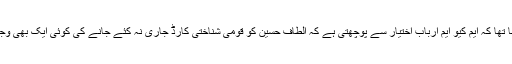
ان کا مزید کہنا تھا کہ ایم کیو ایم ارباب اختیار سے پوچھتی ہے کہ الطاف حسین کو قومی شناختی کارڈ جاری نہ کئے جانے کی کوئی ایک بھی وجہ بتائی جائے۔